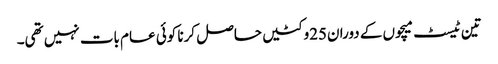
تین ٹیسٹ میچوں کے دوران25وکٹیں حاصل کرنا کوئی عام بات نہیں تھی۔